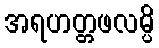
အရဟတ္တဖလမ္ပိ